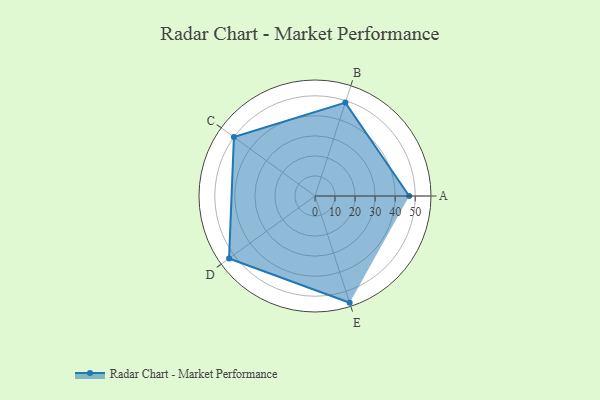
{"axis": {"x": "Skill", "y": "Score"}, "legend": ["Profile"], "data": [{"x": "A", "y": 47.0, "type": "Profile"}, {"x": "B", "y": 49.0, "type": "Profile"}, {"x": "C", "y": 50.0, "type": "Profile"}, {"x": "D", "y": 53.0, "type": "Profile"}, {"x": "E", "y": 56.0, "type": "Profile"}]}